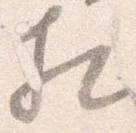
相